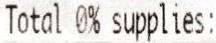
TOTAL 0% SUPPLIES: